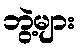
ဘွဲ့များ